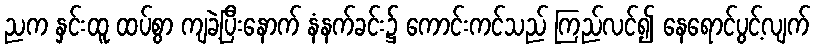
ညက နှင်းထူ ထပ်စွာ ကျခဲ့ပြီးနောက် နံနက်ခင်း၌ ကောင်းကင်သည် ကြည်လင်၍ နေရောင်ပွင့်လျက်